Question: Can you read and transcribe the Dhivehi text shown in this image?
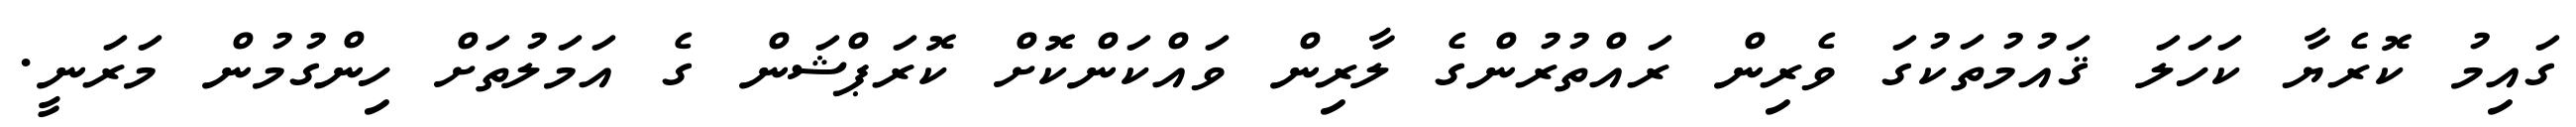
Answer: ގައިމު ކޮރެޔާ ކަހަލަ ޤައުމުތަކުގަ ވެރިން ރައްތުރުންގެ ލާރިން ވައްކަންކޮށް ކޮރަޕްޝަން ގެ އަމަލުތަށް ހިންގުމުން މަރަނީ.